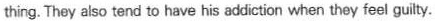
thing. They also tend to have his addiction when they feel guilty.